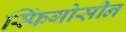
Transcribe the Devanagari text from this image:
स्फिंगोसीन